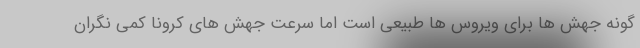
گونه جهش ها برای ویروس ها طبیعی است اما سرعت جهش های کرونا کمی نگران